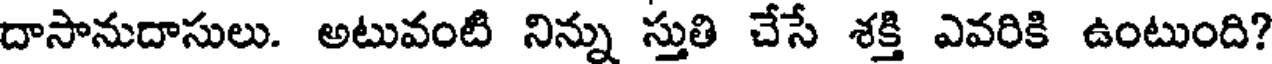
దాసానుదాసులు. అటువంటి నిన్ను స్తుతి చేసే శక్తి ఎవరికి ఉంటుంది?